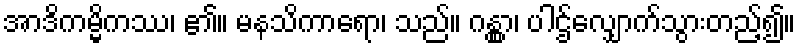
အာဒိကမ္မိကဿ၊ ၏။ မနသိကာရော၊ သည်။ ဂန္တွာ၊ ပါဌ်လျှောက်သွားတည့်၍။